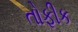
તોફીક